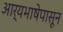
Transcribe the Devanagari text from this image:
आर्यभाषेपासून